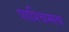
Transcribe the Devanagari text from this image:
पाश्चिमत्य